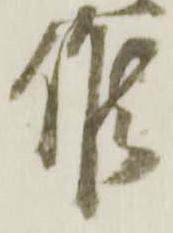
候